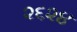
૨૬૨૪